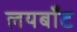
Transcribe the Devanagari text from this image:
लयबाँट